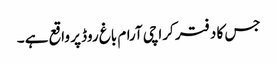
جس کا دفتر کراچی آرام باغ روڈ پر واقع ہے ۔